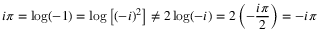
i \pi = \log ( - 1 ) = \log \left[ ( - i ) ^ { 2 } \right] \neq 2 \log ( - i ) = 2 \left( - { \frac { i \pi } { 2 } } \right) = - i \pi